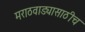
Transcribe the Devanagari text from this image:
मराठवाड्यासाठीच